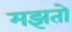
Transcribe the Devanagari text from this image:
मझतो